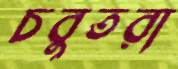
চবুতরা